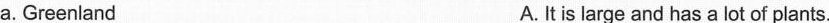
a. Greenland A. It is large and has a lot of plants.